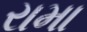
રામા